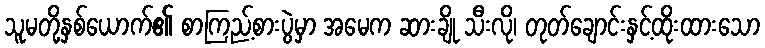
သူမတို့နှစ်ယောက်၏ စာကြည့်စားပွဲမှာ အမေက ဆားချို သီးလို၊ တုတ်ချောင်းနှင့်ထိုးထားသော